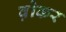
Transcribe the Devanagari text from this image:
व़ोकर